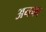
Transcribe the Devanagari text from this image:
अनफा